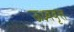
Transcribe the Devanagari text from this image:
ऊध्र्ववृत्त